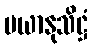
မယာနုသိဋ္ဌံ